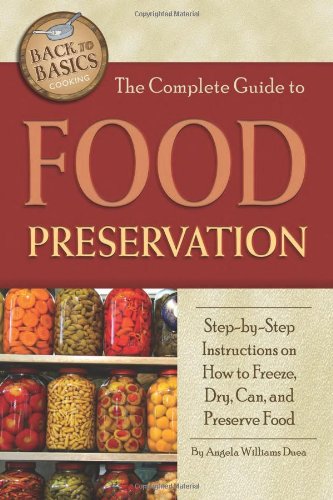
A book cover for The Complete Guide to Food Preservation: Step-by-step Instructions on How to Freeze, Dry, Can, and Preserve Food (Back to Basics Cooking); Angela Williams Duea; Cookbooks, Food & Wine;